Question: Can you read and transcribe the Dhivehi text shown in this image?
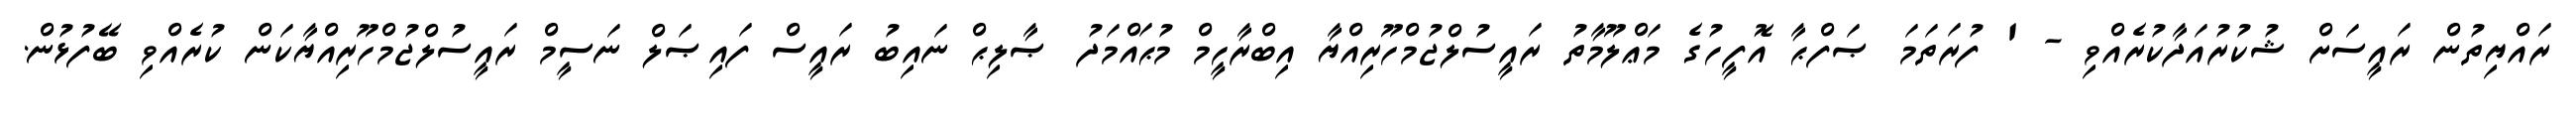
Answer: ރައްޔިތުން ރައީސަށް ޝުކުރުއަދާކުރެއްވި - ' ފުރަތަމަ ޞަފްޙާ އޮފީހުގެ މަޢްލޫމާތު ރައީސުލްޖުމްހޫރިއްޔާ އިބްރާހީމް މުޙައްމަދު ޞާލިޙް ނައިބު ރައީސް ފައިޞަލް ނަސީމް ރައީސުލްޖުމްހޫރިއްޔާކަން ކުރެއްވި ބޭފުޅުން.